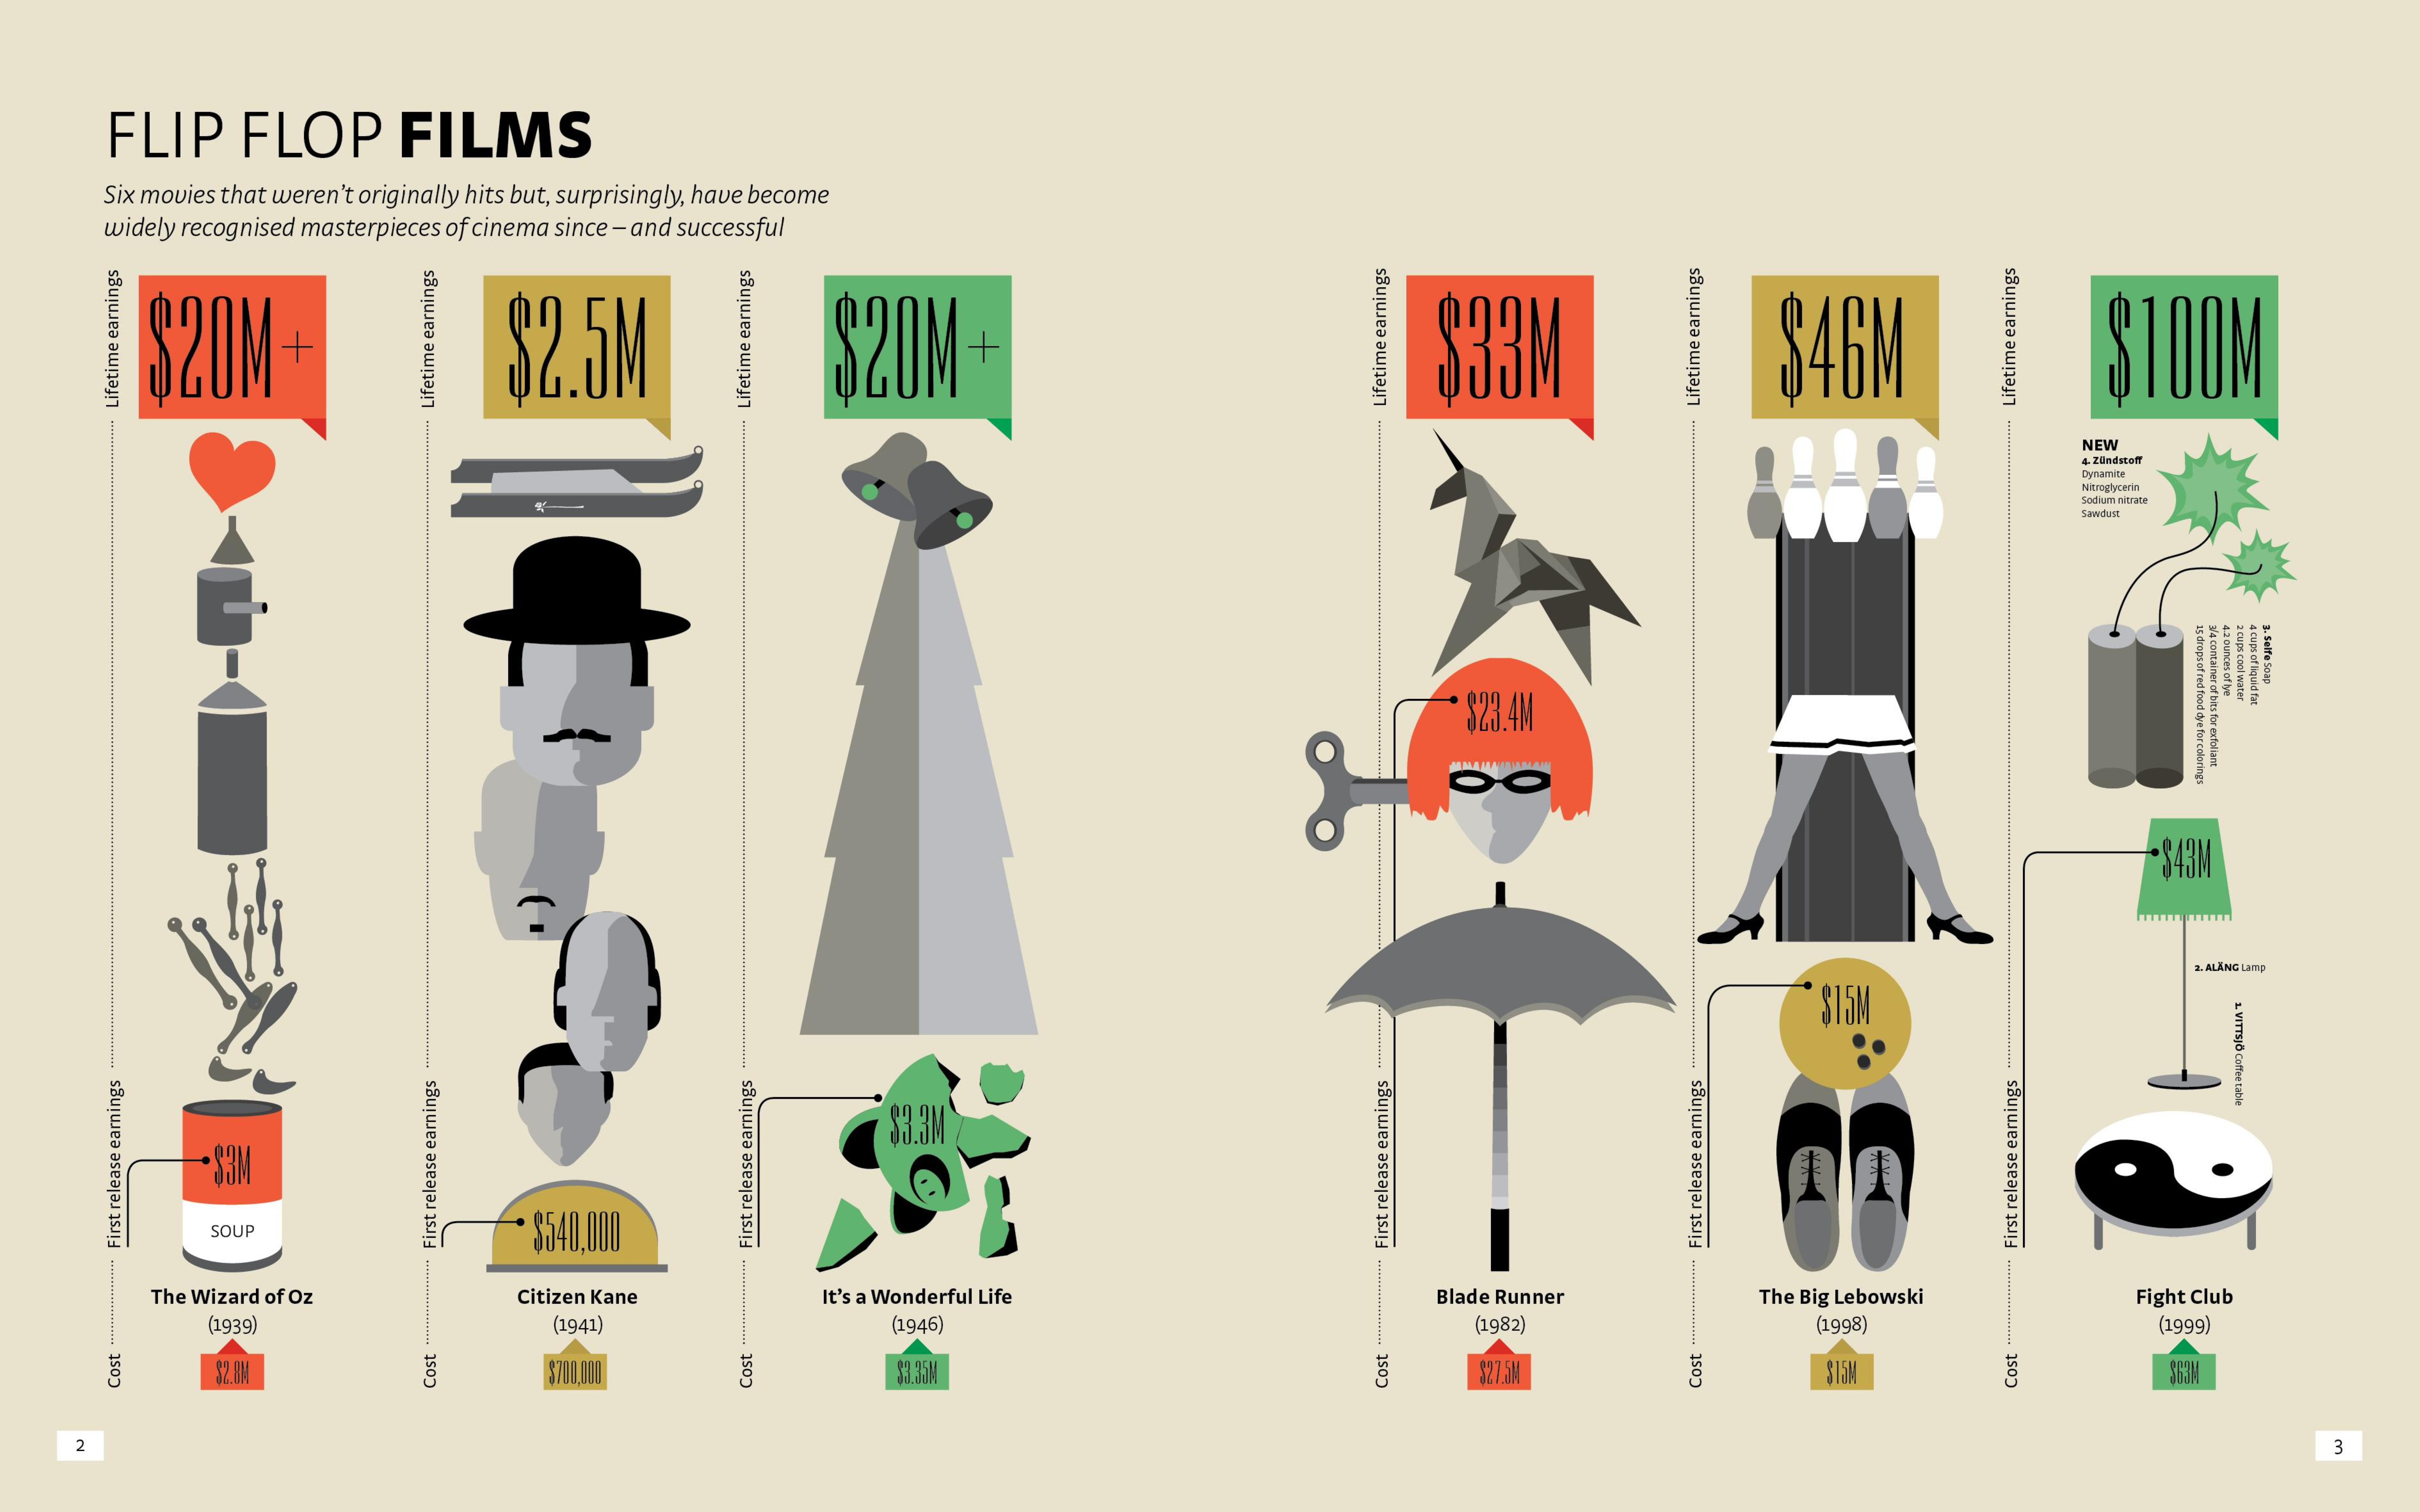
FLIP FLOP  FILMS
    Six movies that weren't originally hits but, surprisingly, have become
    widely recognised masterpieces of cinema since - and successful
     SZUM +    $2.5M    320M +    $33M    $46M    STOOM Lifetime
     earnings
     Lifetime
     earnings
     Lifetime
     earnings
     NEW
     4. Zinéstof
     Dynamice
    ................
    Lifetime
    earnings
     ..................
     Lifetime
     earnings
     ..........=====;
     Lifetime
     earnings
     Sodiurn nitrate
     Sawdust
     2/4
     ca
     utal
     ner
     of
     bits-
     for
     exfoliant
     4
     cups
     ofliquid
     fat
     3.
     Selfe
     Soup
     $23.4M
     -$43M
     a. ALANG LaTp
     $15M
     S3M
     53.3M
     SOUP    * $540.000    First
     release
     earnings
     ..............................................................
     First
     release
     earnings
     .............========
     The Wizard of Oz Citizen Kane It's a Wonderful Life Blade Runner The Big Lebowski Fight Club
     (1939)    (1941)    (1946)    (1982)    (1998)    (1999)
    ........===
    First
    release
    earnings
     SZ. IM    81 35M    $27.5M    SI5M Cost Cost
     ***************
     First
     release
     earnings
     **********************
     Cost
     *******************
     First
     release
     earnings
     ········********
     Cost
     ··············----
     Cost
     -------********··
     First
     release
     earnings
     ..............========
     Cost
     -----------------
     F
   2    3